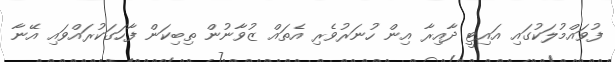
ފުވައްމުލަކުގައި އައިޓީ ދާއިރާ އިން ހުނަރުވެރި އެތައް ޒުވާނުން ތިބިކަން ފާހަގަކުރައްވައި އޭނާ